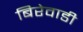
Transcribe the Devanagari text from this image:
बिरेवाडी